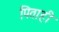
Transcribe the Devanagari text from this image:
पिताही